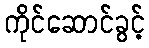
ကိုင်ဆောင်ခွင့်